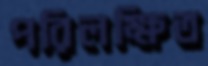
পরিলক্ষিত